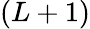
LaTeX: (L+1)